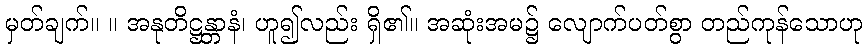
မှတ်ချက်။ ။ အနုတိဋ္ဌန္တာနံ၊ ဟူ၍လည်း ရှိ၏။ အဆုံးအမ၌ လျောက်ပတ်စွာ တည်ကုန်သောဟု